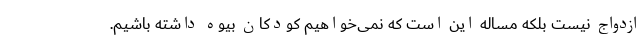
ازدواج نیست بلکه مساله این است که نمی‌خواهیم کودکان بیوه داشته باشیم.